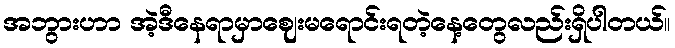
အဘွားဟာ အဲ့ဒီနေရာမှာဈေးမရောင်းရတဲ့နေ့တွေလည်းရှိပါတယ်။